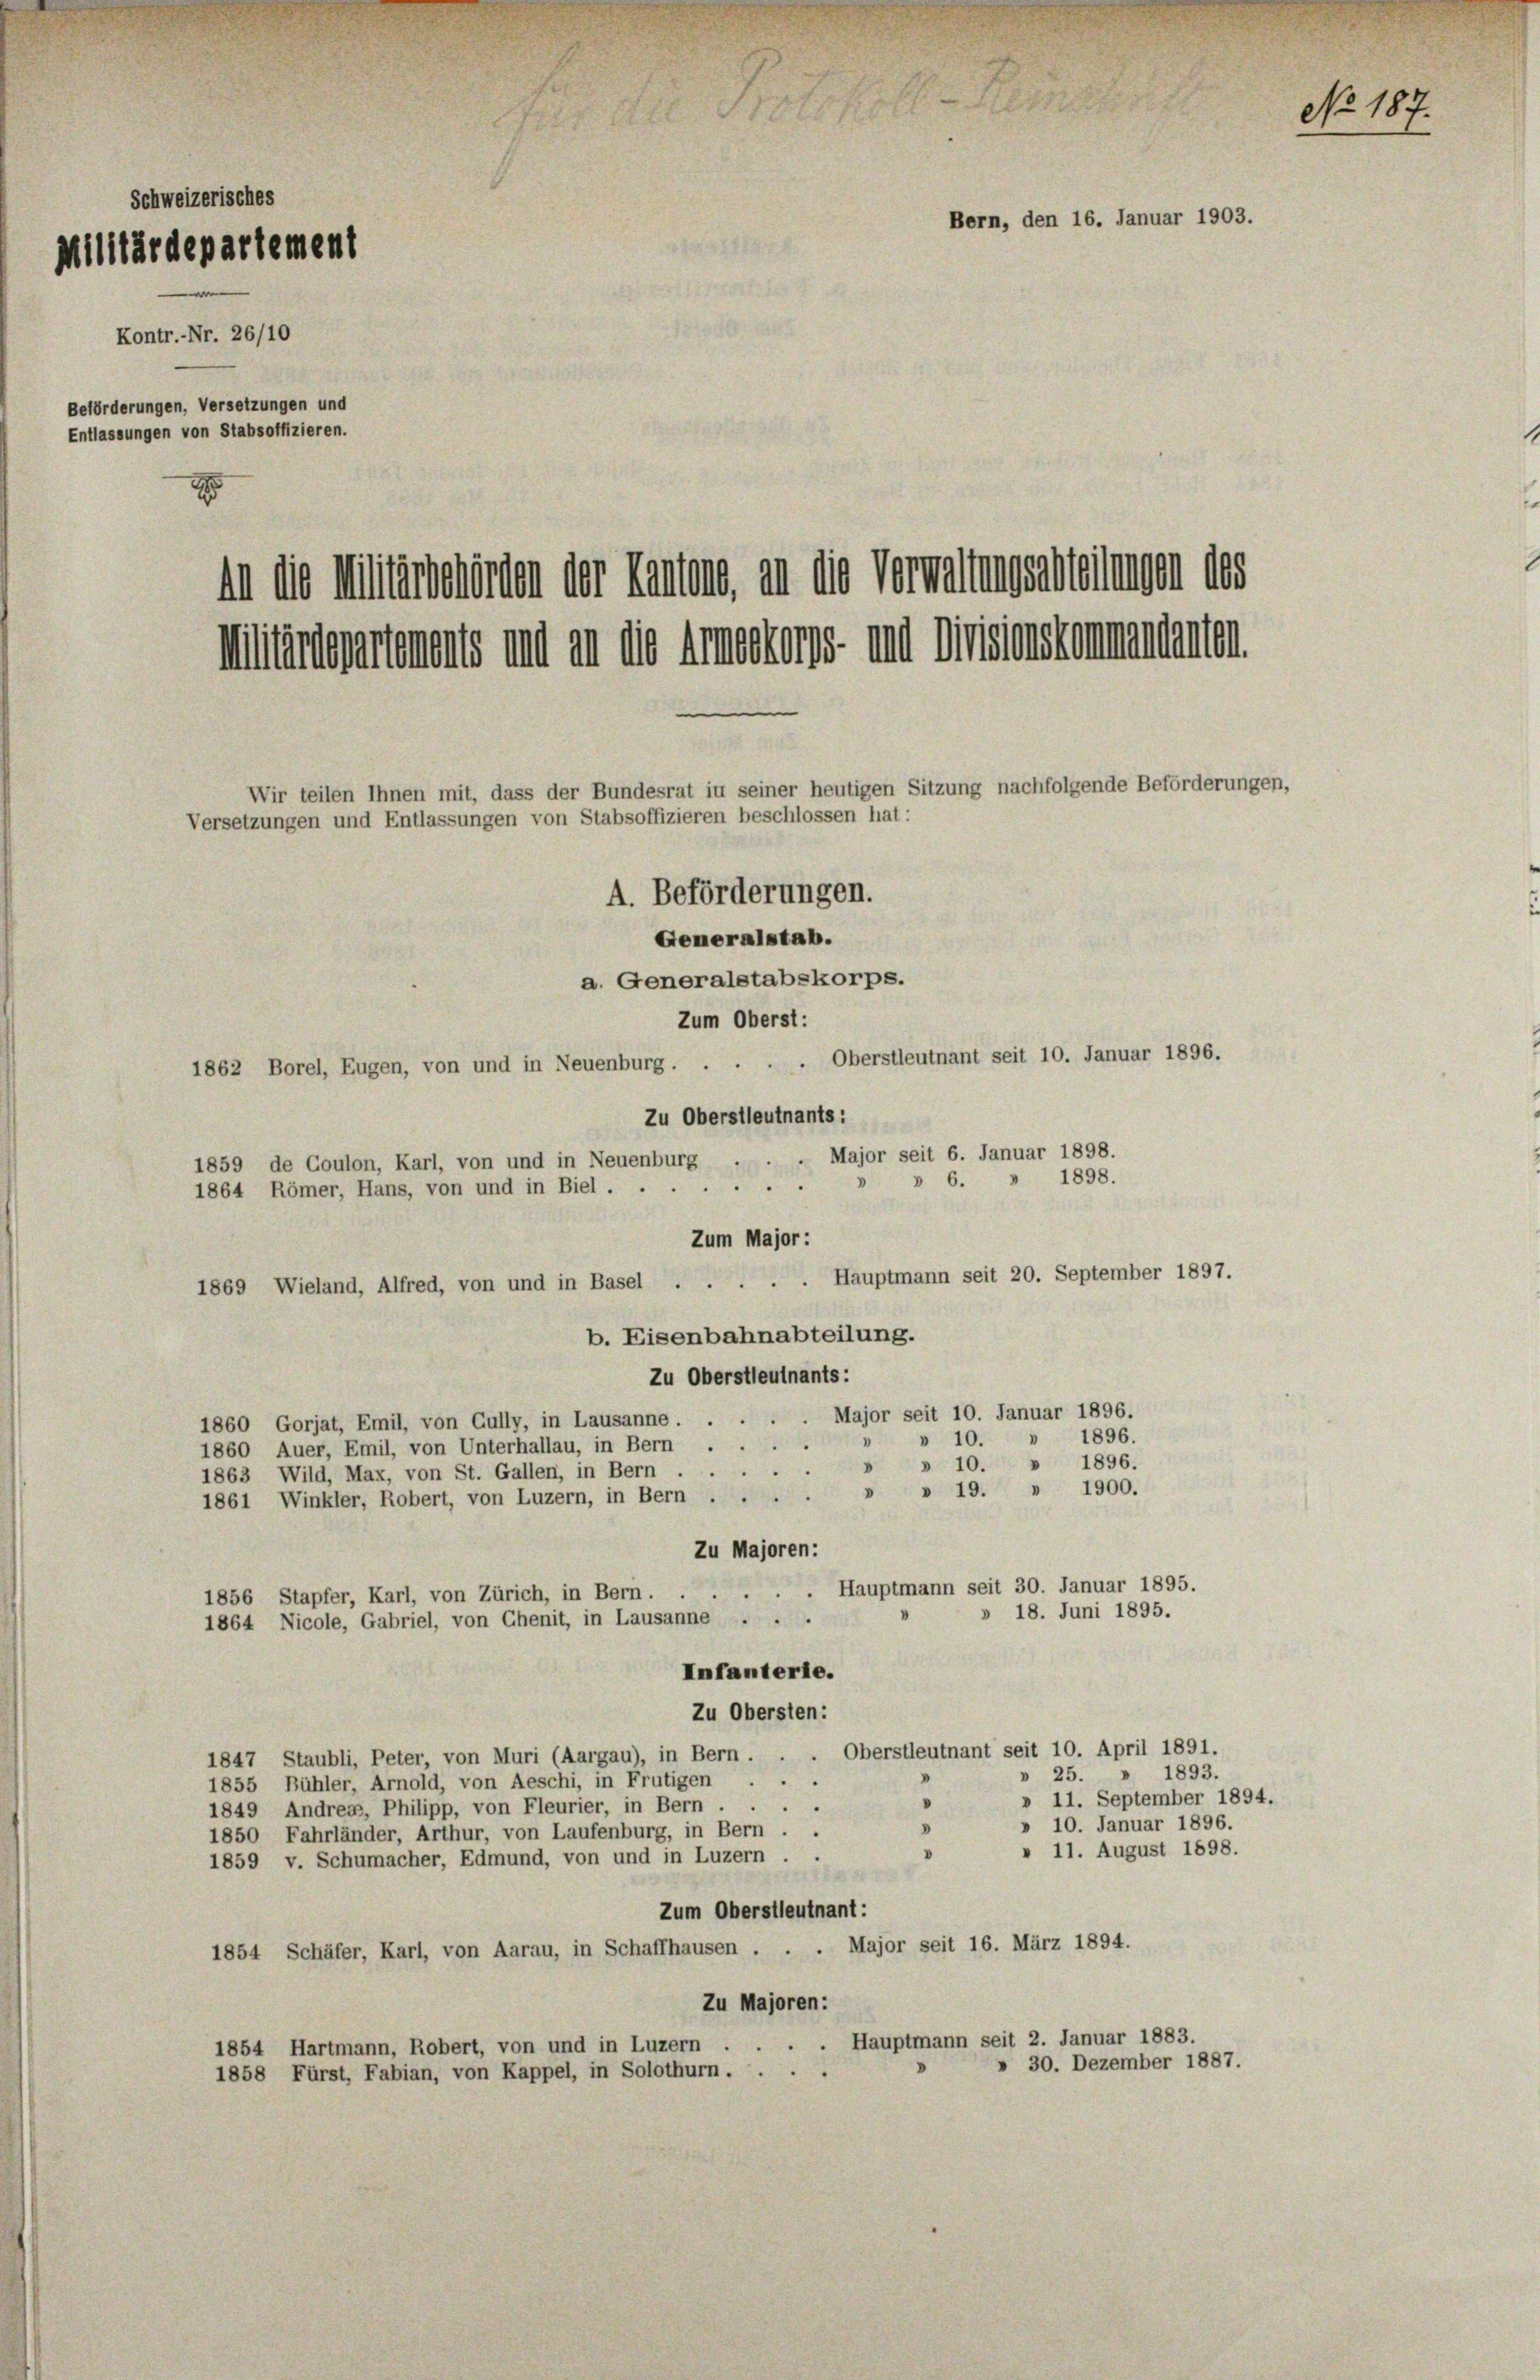
Schweizerisches
Militärdepartement
Kontr.-Nr. 26/10
Beförderungen, Versetzungen und
Entlassungen von Stabsoffizieren.
An die Militärsstirten der Kantons, an die Verwaltungsarteilungen des
Militärdepartements und an die Amnesters und Musionskammendanten

Versetzungen und Entlassungen von Stabsoffizieren beschlossen hat:

Major seit 6. Januar 1898.
1898.
 6.
Hauptmann seit 20. September 1897.
1869 Wieland, Alfred, von und in Basel ...
b. Eisenbahnabteilung.
Zu Oberstleutnants:
1860 Gorjat, Emil, von Gully, in Lausanne . . . . . Major seit 10. Januar 1896.
 10. » 1896.
.
1860 Auer, Emil, von Unterhallau, in Bern . .
1896.
» » 10.
1863 Wild, Max, von St. Gallen, in Bern . .
» » 19. » 1900.
1861 Winkler, Robert, von Luzern, in Bern
Zu Majoren:
Hauptmann seit 30. Januar 1895.
1856 Stapfer, Karl, von Zürich, in Bern.
» 18. Juni 1895.
1864 Nicole, Gabriel, von Chenit, in Lausanne ...
Infanterie.
Zu Obersten:
1847 Staubli, Peter, von Muri (Aargau), in Bern . . . Oberstleutnant seit 10. April 1891.
 25. » 1893.
1855 Bühler, Arnold, von Aeschi, in Frutigen
» 11. September 1894.
.
1849 Andreas, Philipp, von Fleurier, in Bern.
» 10. Januar 1896.
1850 Fahrländer, Arthur, von Laufenburg, in Bern . .
» 11. August 1898.
1859 v. Schumacher, Edmund, von und in Luzern . .
Zum Oberstleutnant:
. Major seit 16. März 1894.
1854 Schäfer, Karl, von Aarau, in Schaffhausen .
Zu Majoren:
1854 Hartmann, Robert, von und in Luzern . . . . Hauptmann seit 2. Januar 1883.
30. Dezember 1887.
1858 Fürst, Fabian, von Kappel, in Solothurn . .

Wir teilen Ihnen mit, dass der Bundesrat in seiner heutigen Sitzung nachfolgende Beförderungen,
A. Beförderungen.
Generalstab.
a. Generalstabskorps.
Zum Oberst:
1862 Borel, Eugen, von und in Neuenburg . . . . . Oberstleutnant seit 10. Januar 1896.
Zu Oberstleutnants:
1859 de Coulon, Karl, von und in Neuenburg
1864 Römer, Hans, von und in Biel . .

Zum Major :

Bern, den 16. Januar 1903

No. 187.